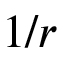
1 / r